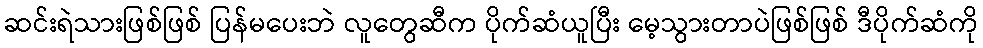
ဆင်းရဲသားဖြစ်ဖြစ် ပြန်မပေးဘဲ လူတွေဆီက ပိုက်ဆံယူပြီး မေ့သွားတာပဲဖြစ်ဖြစ် ဒီပိုက်ဆံကို